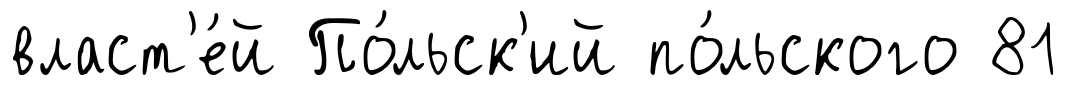
власт'е́й По́льск'ий по́льского 81